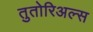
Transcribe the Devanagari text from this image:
तुतोरिअल्स